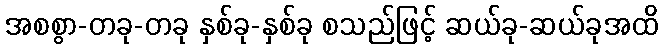
အစစွာ-တခု-တခု နှစ်ခု-နှစ်ခု စသည်ဖြင့် ဆယ်ခု-ဆယ်ခုအထိ